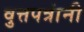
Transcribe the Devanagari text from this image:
वुत्तपत्रांनी